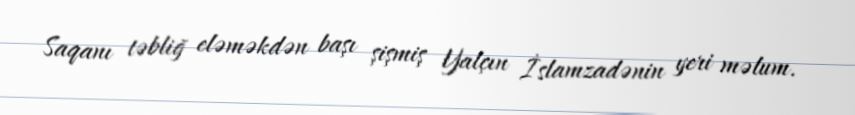
Saqanı təbliğ eləməkdən başı şişmiş Yalçın İslamzadənin yeri məlum.